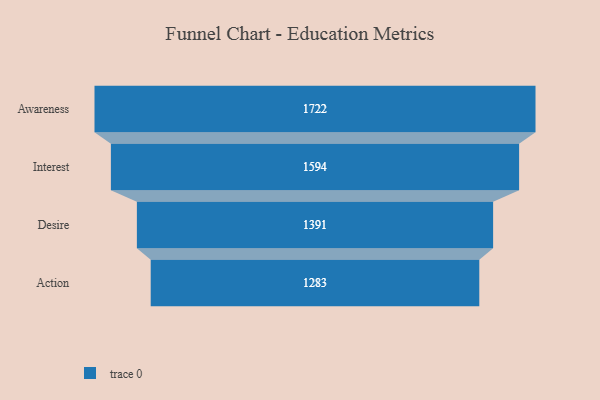
{"axis": {"x": "Stage", "y": "Value"}, "legend": [""], "data": [{"x": "Awareness", "y": 1722.0, "type": ""}, {"x": "Interest", "y": 1594.0, "type": ""}, {"x": "Desire", "y": 1391.0, "type": ""}, {"x": "Action", "y": 1283.0, "type": ""}]}